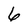
Character: 6